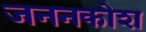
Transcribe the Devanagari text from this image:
जननकोश